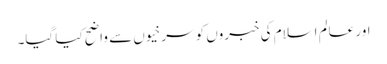
اور عالم اسلام کی خبروں کو سرخیوں سے واضح کیا گیا۔